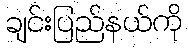
ချင်းပြည်နယ်ကို